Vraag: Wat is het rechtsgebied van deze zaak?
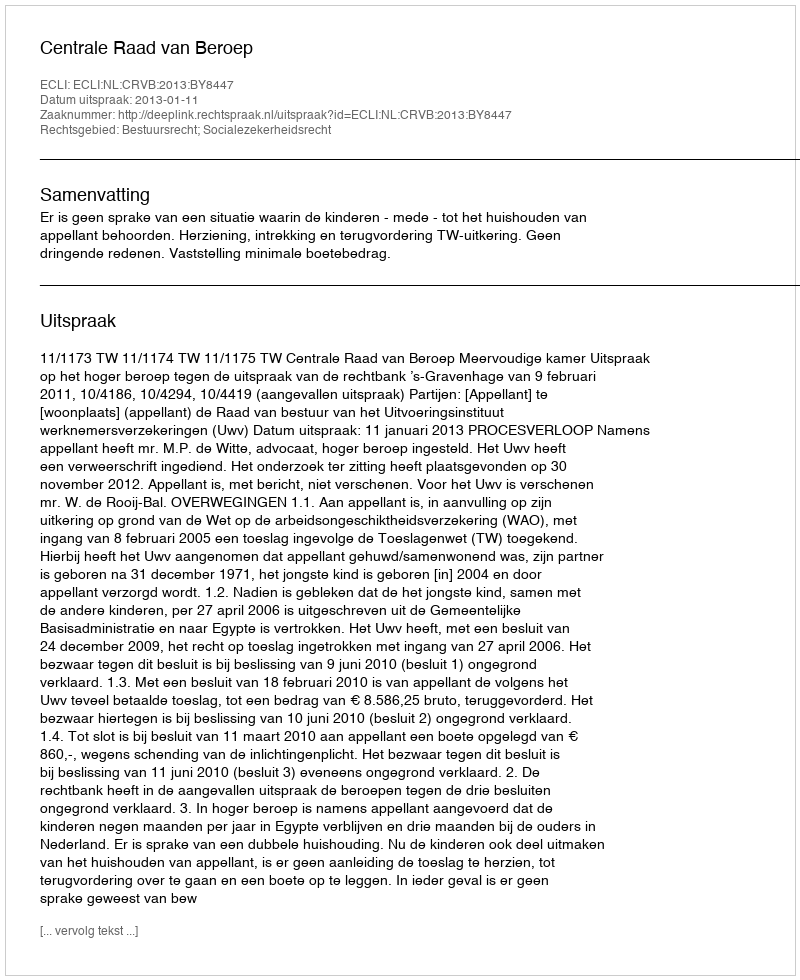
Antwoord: Bestuursrecht; Socialezekerheidsrecht